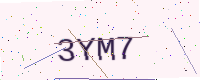
Text: 3YM7